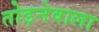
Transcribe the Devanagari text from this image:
तोड़नेवाला